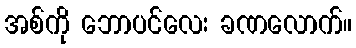
အစ်ကို ဘောပင်လေး ခဏလောက်။